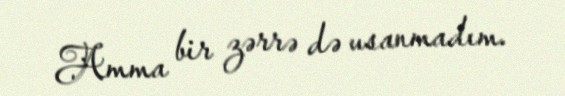
Amma bir zərrə də usanmadım.